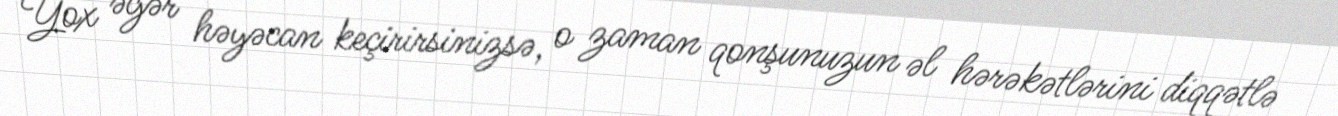
Yox əgər həyəcan keçirirsinizsə, o zaman qonşunuzun əl hərəkətlərini diqqətlə